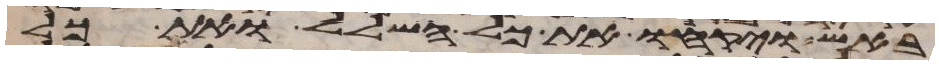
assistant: באש ויקחו את כל השלל ואת כל